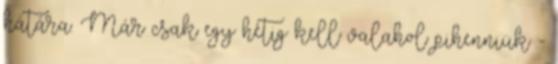
hátára. Már csak egy hétig kell valahol pihenniük :-